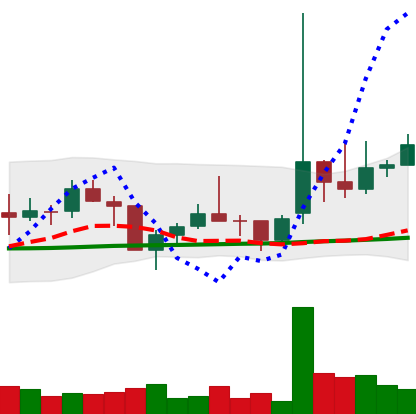
Ticker: TRX-USD
Chart end date: 2021-02-03
Forward return: 17.733%
Label: up_7plus